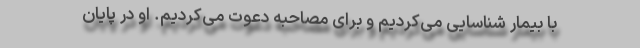
با بیمار شناسایی می‌کردیم و برای مصاحبه دعوت می‌کردیم. او در پایان